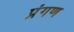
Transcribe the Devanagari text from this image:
प्रंगण